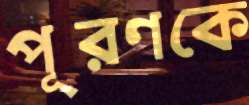
পূরণকে